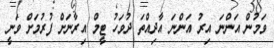
ވަމުން އަންނަ އިރު އަންނަ އާދިއްތަ ދުވަހު ޓީމް އިރާނަށް ފުރުމަށް ވަނީ